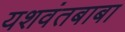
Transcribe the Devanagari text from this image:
यशवंतबाबा